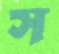
স